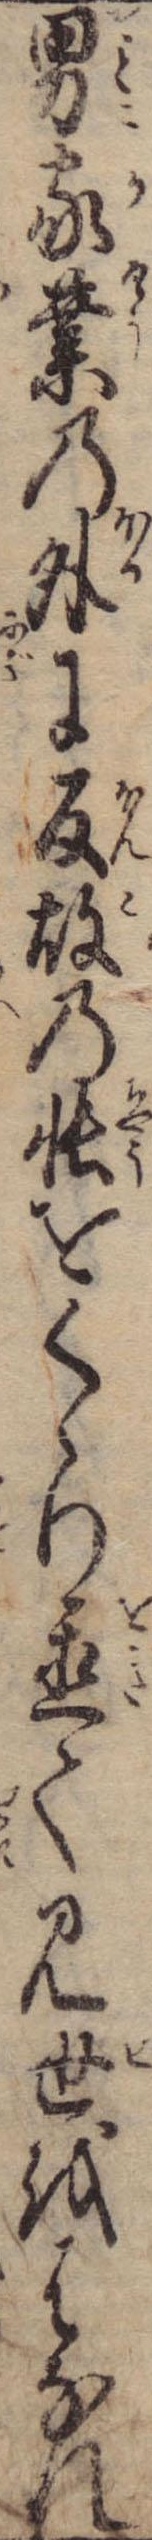
男家業の外に反故の帳をくゝり置て見世をはなれ